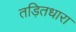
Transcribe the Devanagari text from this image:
तड़ितधारा